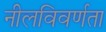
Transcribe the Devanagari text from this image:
नीलविवर्णता